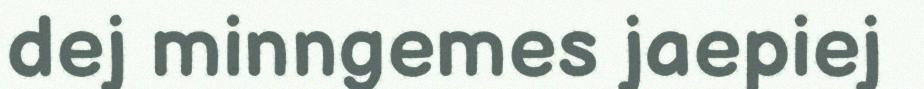
dej minngemes jaepiej